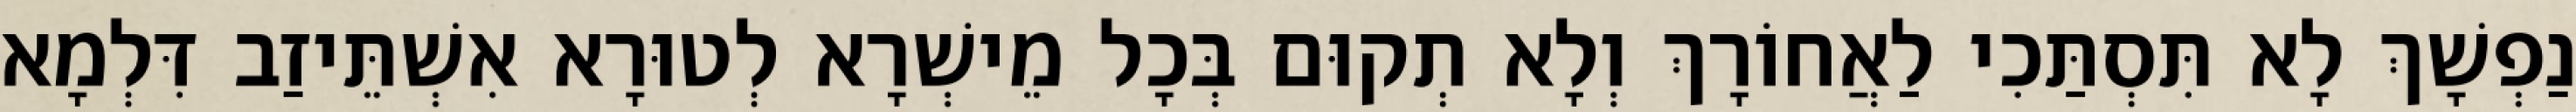
נַפְשָׁךְ לָא תִּסְתַּכִי לַאֲחוֹרָךְ וְלָא תְקוּם בְּכָל מֵישְׁרָא לְטוּרָא אִשְׁתֵּיזַב דִּלְמָא